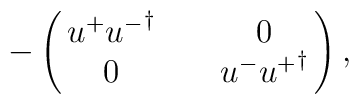
-\pmatrix{u^{+} {u^{-}}^{\dagger} && 0 \cr 0 && u^{-} {u^{+}}^{\dagger} },